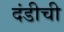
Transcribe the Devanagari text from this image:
दंडीची